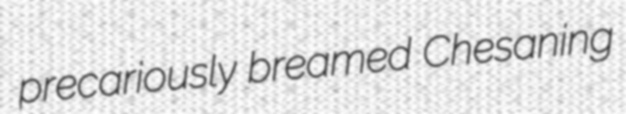
precariously breamed Chesaning